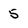
Character: 5